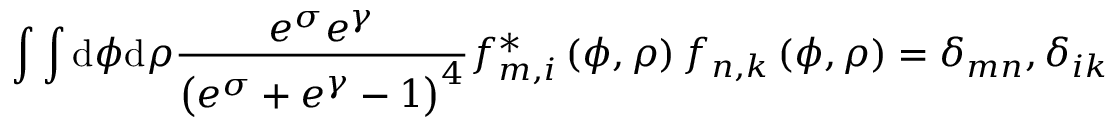
\int \int \mathrm { d } \phi \mathrm { d } \rho \frac { e ^ { \sigma } e ^ { \gamma } } { \left( e ^ { \sigma } + e ^ { \gamma } - 1 \right) ^ { 4 } } f _ { m , i } ^ { \ast } \left( \phi , \rho \right) f _ { n , k } \left( \phi , \rho \right) = \delta _ { m n } , \delta _ { i k }